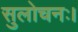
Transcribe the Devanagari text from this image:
सुलोचनः।